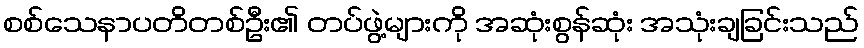
စစ်သေနာပတိတစ်ဦး၏ တပ်ဖွဲ့များကို အဆုံးစွန်ဆုံး အသုံးချခြင်းသည်